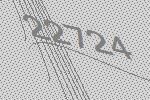
22724